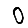
Digit: 0